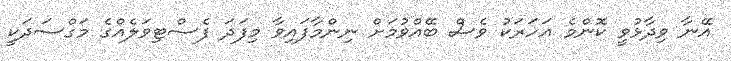
އޭނާ ވިދާޅުވީ ކޮންމެ އަހަރަކު ވެސް ބޭއްވުމަށް ނިންމާފައިވާ މިފަދަ ފެސްޓިވަލެއްގެ މަގްސަދަކީ